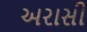
અરાસી